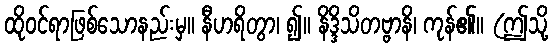
ထိုဝင်ရာဖြစ်သောနည်းမှ။ နီဟရိတွာ၊ ၍။ နိဒ္ဒိသိတဗ္ဗာနိ၊ ကုန်၏။ (ဤသို့